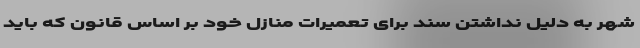
شهر به دلیل نداشتن سند برای تعمیرات منازل خود بر اساس قانون که باید